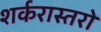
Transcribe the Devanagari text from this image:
शर्करास्तरों